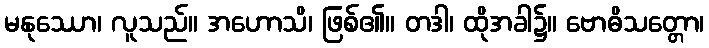
မနုဿော၊ လူသည်။ အဟောသိ၊ ဖြစ်၏။ တဒါ၊ ထိုအခါ၌။ ဗောဓိသတ္တော၊